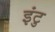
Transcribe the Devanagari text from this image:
इंटु